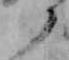
と